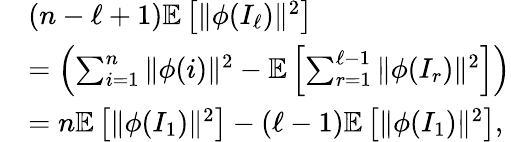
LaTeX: \begin{array}{rl}&{(n-\ell+1)\mathbb{E}\left[\| \phi(I_{\ell})\| ^{2}\right]}\\ &{=\left(\sum_{i=1}^{n}\| \phi(i)\| ^{2}-\mathbb{E}\left[\sum_{r=1}^{\ell-1}\| \phi(I_{r})\| ^{2}\right]\right)}\\ &{=n\mathbb{E}\left[\| \phi(I_{1})\| ^{2}\right]-(\ell-1)\mathbb{E}\left[\| \phi(I_{1})\| ^{2}\right],}\end{array}